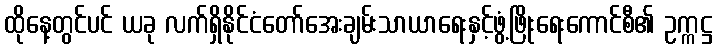
ထိုနေ့တွင်ပင် ယခု လက်ရှိနိုင်ငံတော်အေးချမ်းသာယာရေးနှင့်ဖွံ့ဖြိုးရေးကောင်စီ၏ ဥက္ကဋ္ဌ